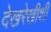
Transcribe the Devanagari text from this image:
देखरेखीशी